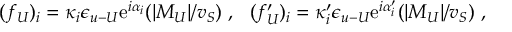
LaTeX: ( f _ { U } ) _ { i } = \kappa _ { i } \epsilon _ { u { \mathrm { - } } U } \mathrm { e } ^ { i \alpha _ { i } } ( | M _ { U } | / v _ { S } ) ~ , ~ ~ ( f _ { U } ^ { \prime } ) _ { i } = \kappa _ { i } ^ { \prime } \epsilon _ { u { \mathrm { - } } U } \mathrm { e } ^ { i \alpha _ { i } ^ { \prime } } ( | M _ { U } | / v _ { S } ) ~ ,